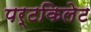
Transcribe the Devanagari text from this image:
पर्टकिलेट